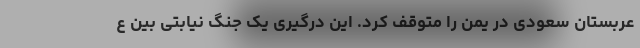
عربستان سعودی در یمن را متوقف کرد. این درگیری یک جنگ نیابتی بین ع